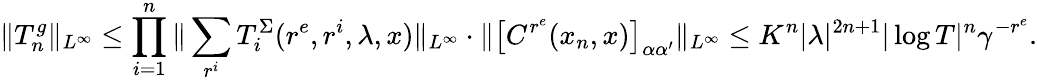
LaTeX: \Vert T_{n}^{g}\Vert_{L^{\infty}}\le\prod_{i=1}^{n}\Vert\sum_{r^{i}}T_{i}^{\Sigma}(r^{e},r^{i},\lambda,x)\Vert_{L^{\infty}}\cdot\Vert\big[C^{r^{e}}(x_{n},x)\big]_{\alpha\alpha^{\prime}}\Vert_{L^{\infty}}\le K^{n}|\lambda|^{2n+1}|\log T|^{n}\gamma^{-r^{e}}.